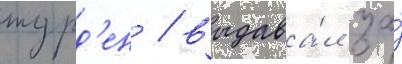
журд'ен / выдава́л за́